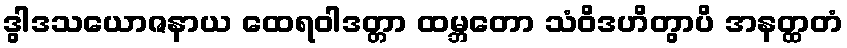
ဒွါဒသယောဇနာယ ထေရဝါဒတ္တာ ထမ္ဘတော သံဝိဒဟိတွာပိ အနတ္ထတံ